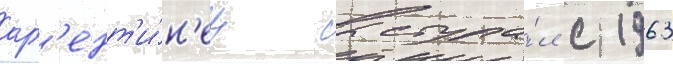
арг'ент'и́н'ец выступа́л с 1963